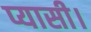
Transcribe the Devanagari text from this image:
प्यासी।